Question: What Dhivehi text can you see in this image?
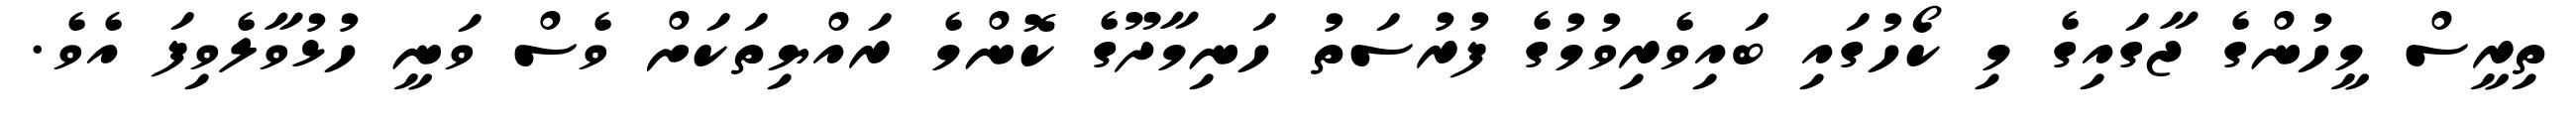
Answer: ތިރީސް މީހުންގެ ޖާގައިގެ މި ކޯހުގައި ބައިވެރިވުމުގެ ފުރުސަތު ހަނިމާދޫގެ ކޮންމެ ރައްޔިތަކަށް ވެސް ވަނީ ހުޅުވާލެވިފަ އެވެ.